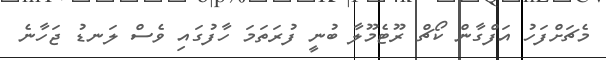
މެޗަށްފަހު އަފްގާން ކޯޗް ރޫޓެމޫލާ ބުނީ ފުރަތަމަ ހާފުގައި ވެސް ލަނޑު ޖަހާނެ